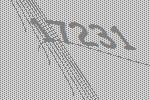
17231